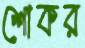
শোকর